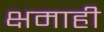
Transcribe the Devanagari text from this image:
क्षमाही